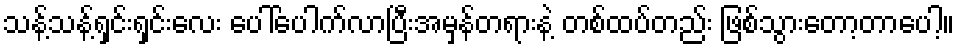
သန့်သန့်ရှင်းရှင်းလေး ပေါ်ပေါက်လာပြီးအမှန်တရားနဲ့ တစ်ထပ်တည်း ဖြစ်သွားတော့တာပေါ့။